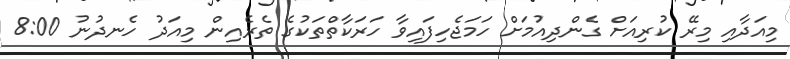
މިއަދާއި މިރޭ ކުރިއަށް ގެންދިއުމަށް ހަމަޖެހިފައިވާ ހަރަކާތްތަކުގެ ތެރެއިން މިއަދު ހެނދުނު 8:00